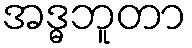
အဒ္ဓဘူတာ